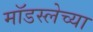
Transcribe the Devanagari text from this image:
मॉडस्लेच्या